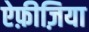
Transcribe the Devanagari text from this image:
ऐफ़ीज़िया